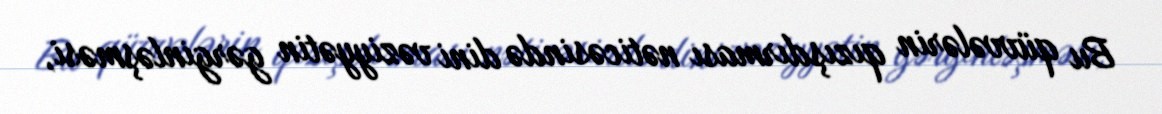
Bu qüvvələrin qızışdırması nəticəsində dini vəziyyətin gərginləşməsi,